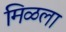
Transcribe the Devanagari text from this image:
मिळला